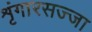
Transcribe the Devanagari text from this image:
शृंगारसज्जा